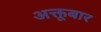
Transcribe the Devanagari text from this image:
अक्तूबार